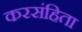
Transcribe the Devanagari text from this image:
करसंहिता